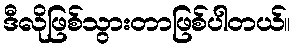
ဒီလိုဖြစ်သွားတာဖြစ်ပါတယ်။